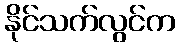
နိုင်သက်လွင်က